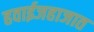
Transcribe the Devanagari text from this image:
हवाईजहाजात